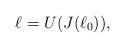
LaTeX: \begin{align*} \ell = U (J (\ell_0)),\end{align*}